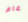
عام